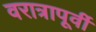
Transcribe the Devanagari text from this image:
वरात्रापूर्वी